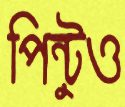
পিন্টুও